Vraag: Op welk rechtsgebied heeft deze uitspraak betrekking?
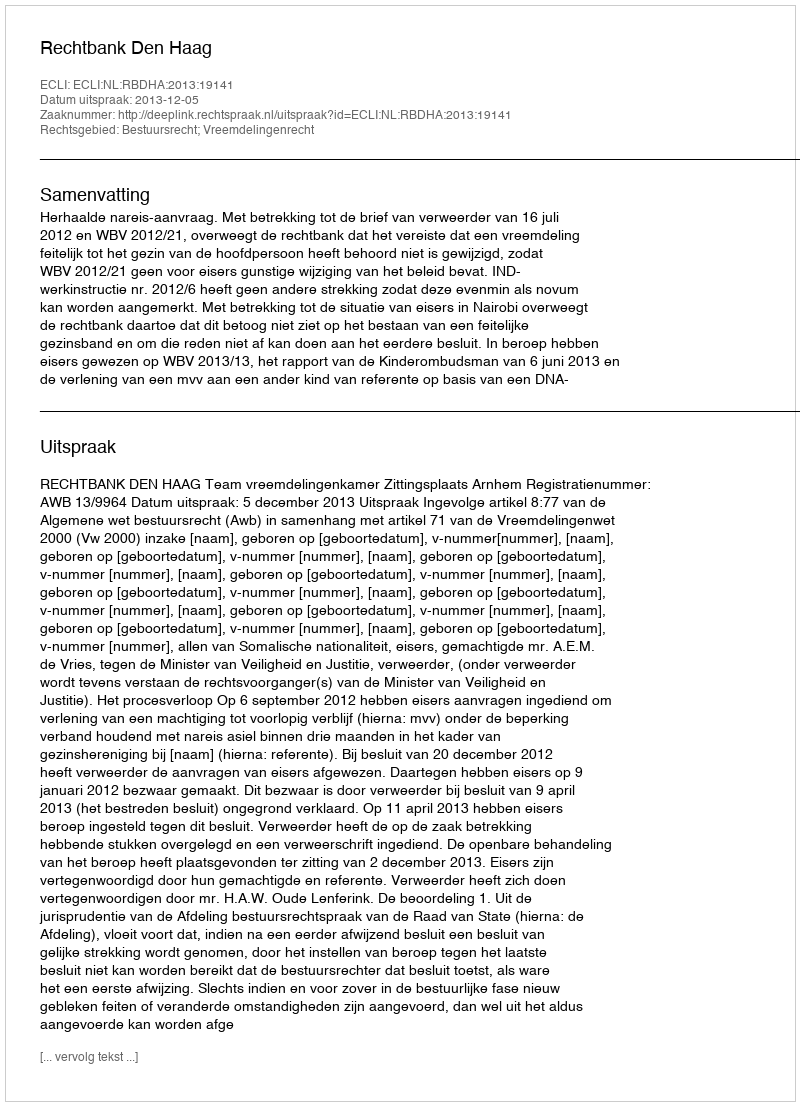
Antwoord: Bestuursrecht; Vreemdelingenrecht